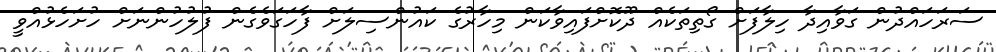
ސަރަހައްދުން ގަވާއިދާ ހިލާފަށް ގޯތިތަކެއް ދޫކޮށްފައިވާކަން މިހާރުގެ ކައުންސިލަށް ފާހަގަވެގެން ފުލުހުންނަށް ހުށަހެޅުއްވީ